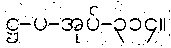
ဋ္ဌ-ပ-အုပ်-၃၁၄။